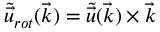
\tilde { \Vec { u } } _ { r o t } ( \Vec { k } ) = \tilde { \Vec { u } } ( \Vec { k } ) \times \Vec { k }